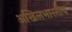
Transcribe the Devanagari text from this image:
अखिलभारतीय